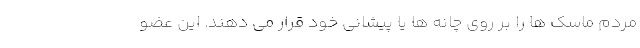
مردم ماسک ها را بر روی چانه ها یا پیشانی خود قرار می دهند. این عضو